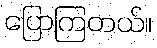
ပြောကြတယ်။